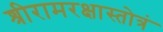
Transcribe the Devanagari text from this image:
श्रीरामरक्षास्तोत्रं